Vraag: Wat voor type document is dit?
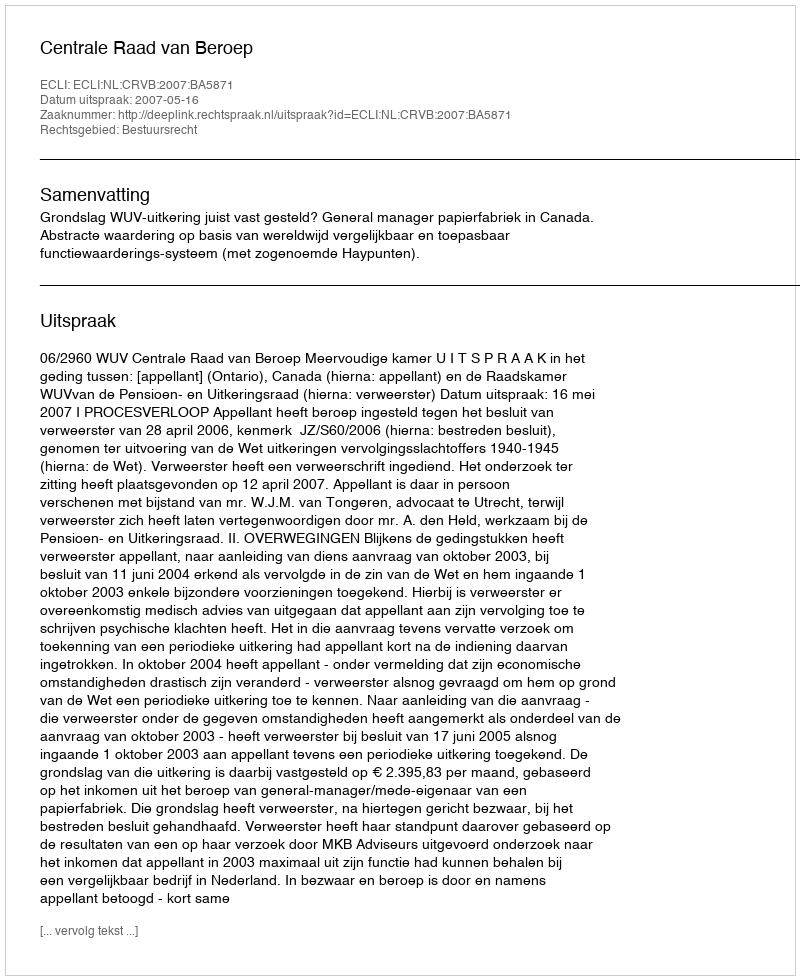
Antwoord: Uitspraak